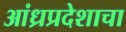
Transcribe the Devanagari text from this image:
आंध्रप्रदेशाचा